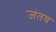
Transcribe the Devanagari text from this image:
जंतव